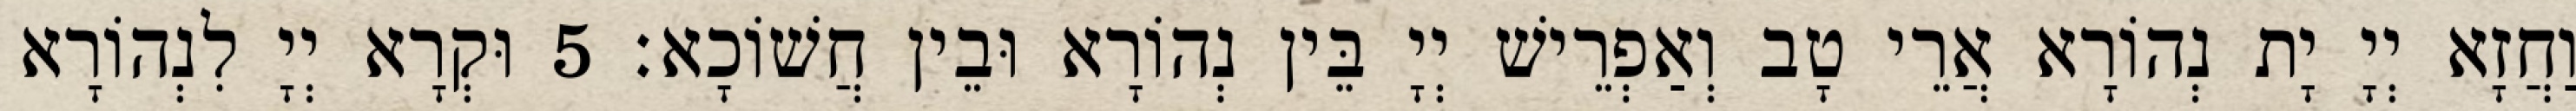
וַחֲזָא יְיָ יָת נְהוֹרָא אֲרֵי טָב וְאַפְרֵישׁ יְיָ בֵּין נְהוֹרָא וּבֵין חֲשׁוֹכָא׃ 5 וּקְרָא יְיָ לִנְהוֹרָא